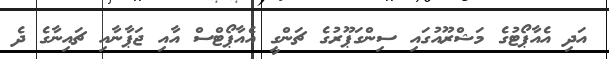
އަދި އެއާޕޯޓުގެ މަޝްރޫއުގައި ސިންގަޕޫރުގެ ޗަންގީ އެއާޕޯޓްްސް އާއި ޖަޕާނާއި ޗައިނާގެ ދެ